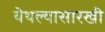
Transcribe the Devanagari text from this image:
येथल्यासारखी